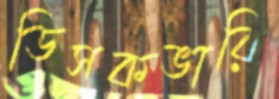
ডিসকভারি